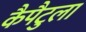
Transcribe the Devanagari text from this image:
कैपैटुला